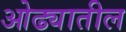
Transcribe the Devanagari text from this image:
ओढ्यातील